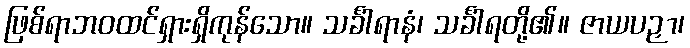
ဖြစ်ရာဘဝထင်ရှားရှိကုန်သော။ သင်္ခါရာနံ၊ သင်္ခါရတို့၏။ ဇာယပဉှာ၊